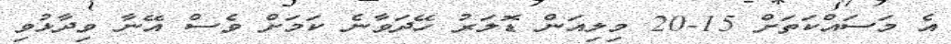
އެ މަސައްކަތަށް 15-20 މިލިއަން ޑޮލަރު ހޭދަވާނެ ކަމަށް ވެސް އޭނާ ވިދާޅުވި